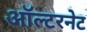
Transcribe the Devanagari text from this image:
ऑल्टरनेट